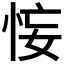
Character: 𢙗